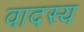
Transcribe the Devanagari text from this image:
वादस्य